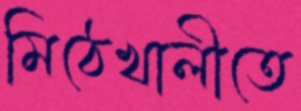
মিঠেখালীতে